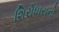
શિરોધારાનો